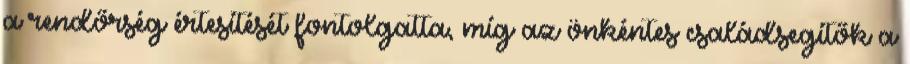
a rendőrség értesítését fontolgatta, míg az önkéntes családsegítők a